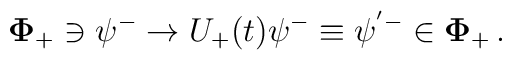
{\mathbf \Phi}_+ \ni \psi^- \to U_+(t)\psi^-\equiv\psi^{'-}           \in {\mathbf\Phi}_+ \,.